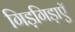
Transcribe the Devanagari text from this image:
गिड़गिड़ाएॅ